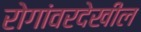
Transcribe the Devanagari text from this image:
रोगांवरदेखील